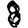
Digit: 8